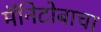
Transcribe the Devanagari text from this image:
मॅनिटोबाचा